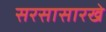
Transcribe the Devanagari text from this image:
सरसासारखे